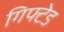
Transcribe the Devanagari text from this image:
गिफ्टेड